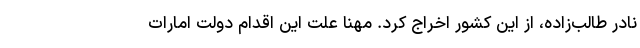
نادر طالب‌زاده، از این کشور اخراج کرد. مهنا علت این اقدام دولت امارات